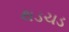
થડચડ